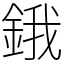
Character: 鋨